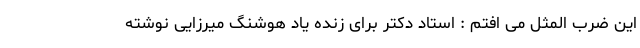
این ضرب المثل می افتم : استاد دکتر برای زنده یاد هوشنگ میرزایی نوشته